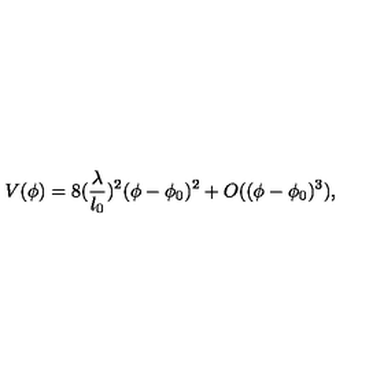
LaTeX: V ( \phi ) = 8 ( \frac { \lambda } { l _ { 0 } } ) ^ { 2 } ( \phi - \phi _ { 0 } ) ^ { 2 } + O ( ( \phi - \phi _ { 0 } ) ^ { 3 } ) ,